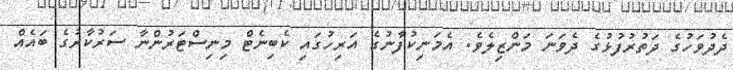
ދެދުވަހުގެ ދަތުރުފުޅުގެ ދެވަނަ މަންޒިލެވެ. އެމަނިކުފާނުގެ އަރިހުގައި ކެބިނެޓް މިނިސްޓަރުންނާ ސަރުކާރުގެ ބައެއް